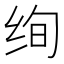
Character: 绚